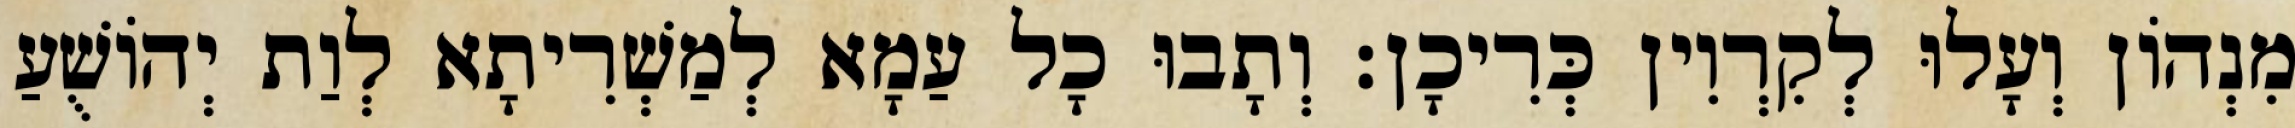
מִנְהוֹן וְעָלוּ לְקִרְוִין כְּרִיכָן׃ וְתָבוּ כָל עַמָא לְמַשְׁרִיתָא לְוַת יְהוֹשֻׁעַ